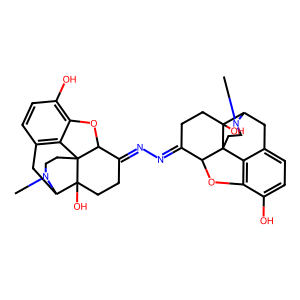
SMILES: CN1CCC23c4c5ccc(O)c4OC2C(=NN=C2CCC4(O)C6Cc7ccc(O)c8c7C4(CCN6C)C2O8)CCC3(O)C1C5
Inhibits HIV replication: No